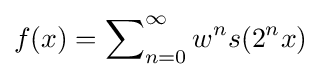
f(x)=\sum \nolimits _{n=0}^{\infty }w^{n}s(2^{n}x)